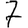
Digit: 7